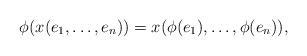
LaTeX: \begin{align*} \phi(x(e_1, \dots, e_n)) = x(\phi(e_1), \dots, \phi(e_n)),\end{align*}